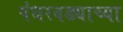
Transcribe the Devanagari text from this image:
पंधरवड्याच्या